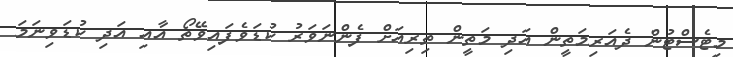
މިޓެސްޓުން ދެއަރިމަތީން އަދި މަތީން ތިރިއަށް ފެންނަވަރު ކުޑަވެފައިވޭތޯ އާއި އަދި ކުޑަވިނަމަ